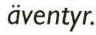
äventyr.